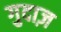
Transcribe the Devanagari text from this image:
गुदाज़